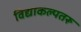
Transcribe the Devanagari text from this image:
विद्याकल्पतरू